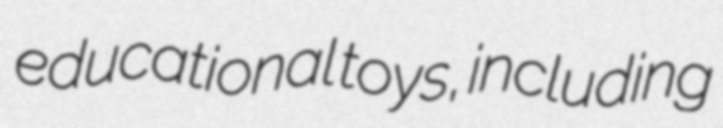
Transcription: educational toys, including